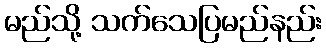
မည်သို့ သက်သေပြမည်နည်း